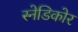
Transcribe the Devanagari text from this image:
स्नेडिकोर